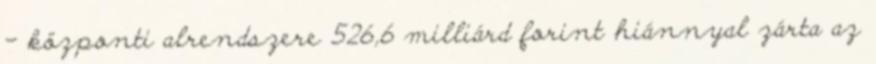
- központi alrendszere 526,6 milliárd forint hiánnyal zárta az